画像に写った文字を読んでください
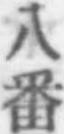
「八番」と書いてあります